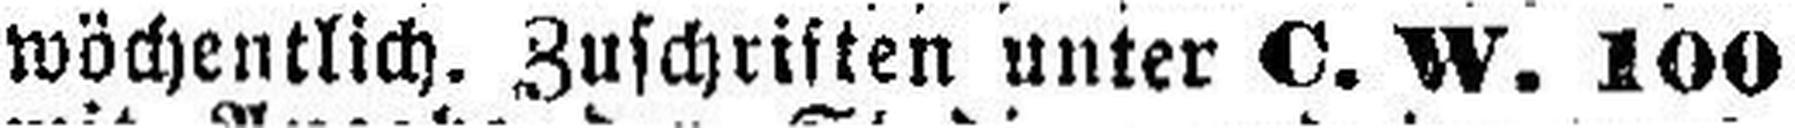
wöchentlich. Zuschriften unter C. W. 100